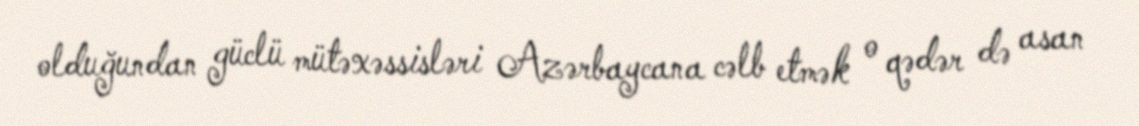
olduğundan güclü mütəxəssisləri Azərbaycana cəlb etmək o qədər də asan